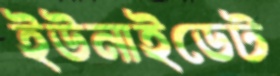
ইউনাইডেট